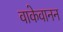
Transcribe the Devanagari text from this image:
वाकेवानन